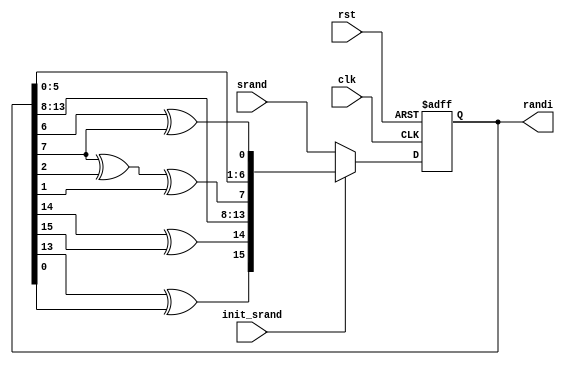
module rand_gen(clk, rst, srand, init_srand, randi);
input clk;
input rst;
input [15:0]srand;
input init_srand;
output reg [15:0]randi;

/*
This sequential always block generates a "random" number based on an 
input number and init_srand (which is similar to a start signal)
*/
always @(posedge clk or negedge rst)
begin
	if(rst == 1'b0)
		randi <= 16'd0;
	else
		if(init_srand == 1'b0)
			randi <= srand;
			//changes the order of bits in randi to help generate a "random" number

		else
			randi <= {randi[13] ^ randi[0], randi[14] ^ randi[15], randi[13:8], (randi[7] ^ randi[2] ^ randi[1]), randi[5:0], randi[6] ^ randi[7]};
end
endmodule